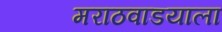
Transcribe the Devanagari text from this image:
मराठवाडयाला